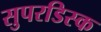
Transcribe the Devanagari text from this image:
सुपरडिस्क